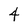
Character: 4